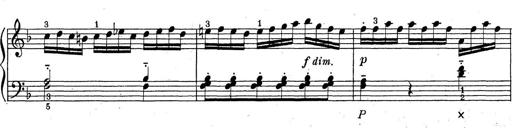
Title: ÄŒeskÃ© Sonatiny
Composer: Various